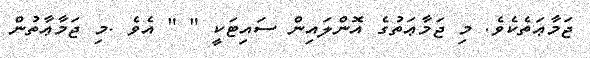
ޖަމާޢަތެކެވެ. މި ޖަމާޢަތުގެ އޮންލައިން ސައިޓަކީ " " އެވެ .މި ޖަމާޢާތުން